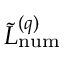
\tilde { L } _ { \mathrm { n u m } } ^ { ( q ) }